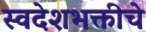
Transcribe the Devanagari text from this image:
स्वदेशभक्तीचे